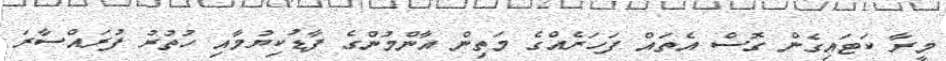
މީރާ ކަޓައިގެން ގޮސް އެތައް ފަހަރެއްގެ މަތިން އާންމުންގެ ފާޑުކިޔުމާއި ހުތުރު ފުރައްސާރަ